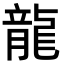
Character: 龍